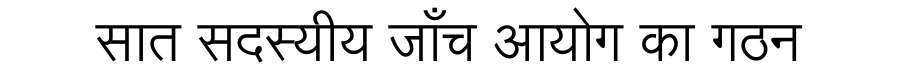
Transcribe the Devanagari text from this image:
सात सदस्यीय जाँच आयोग का गठन